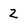
Character: 2